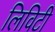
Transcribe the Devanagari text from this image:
लिविटी